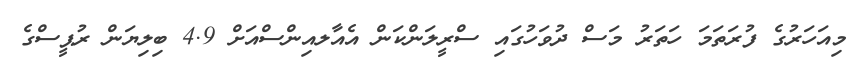
މިއަހަރުގެ ފުރަތަމަ ހަތަރު މަސް ދުވަހުގައި ސްރީލަންކަން އެއާލއިންސްއަށް 4.9 ބިލިޔަން ރުޕީސްގެ